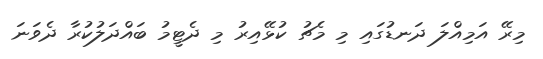
މިރޭ އަމިއްލަ ދަނޑުގައި މި މެޗު ކުޅޭއިރު މި ދެޓީމު ބައްދަލުކުރާ ދެވަނަ